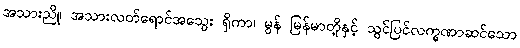
အသားညို၊ အသားလတ်ရောင်အသွေး ရှိကာ၊ မွန် မြန်မာတို့နှင့် သွင်ပြင်လက္ခဏာဆင်သော